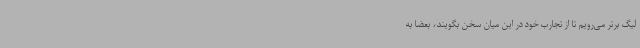
لیگ برتر می‌رویم تا از تجارب خود در این میان سخن بگویند، بعضاً به